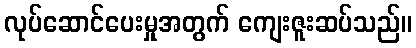
လုပ်ဆောင်ပေးမှုအတွက် ကျေးဇူးဆပ်သည်။